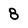
Character: 8